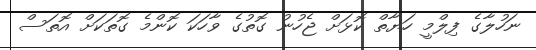
ނަހުލާގެ ފިލްމީ ހަޔާތް ކޮޅަށް ޖެހުނު ގޮތުގެ ވާހަކަ ކޮންމެ ގޮތަކަށް އޮތަސް